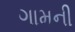
ગામની